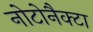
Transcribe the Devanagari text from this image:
नोटोनैक्टा